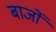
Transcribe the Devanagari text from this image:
बार्जों